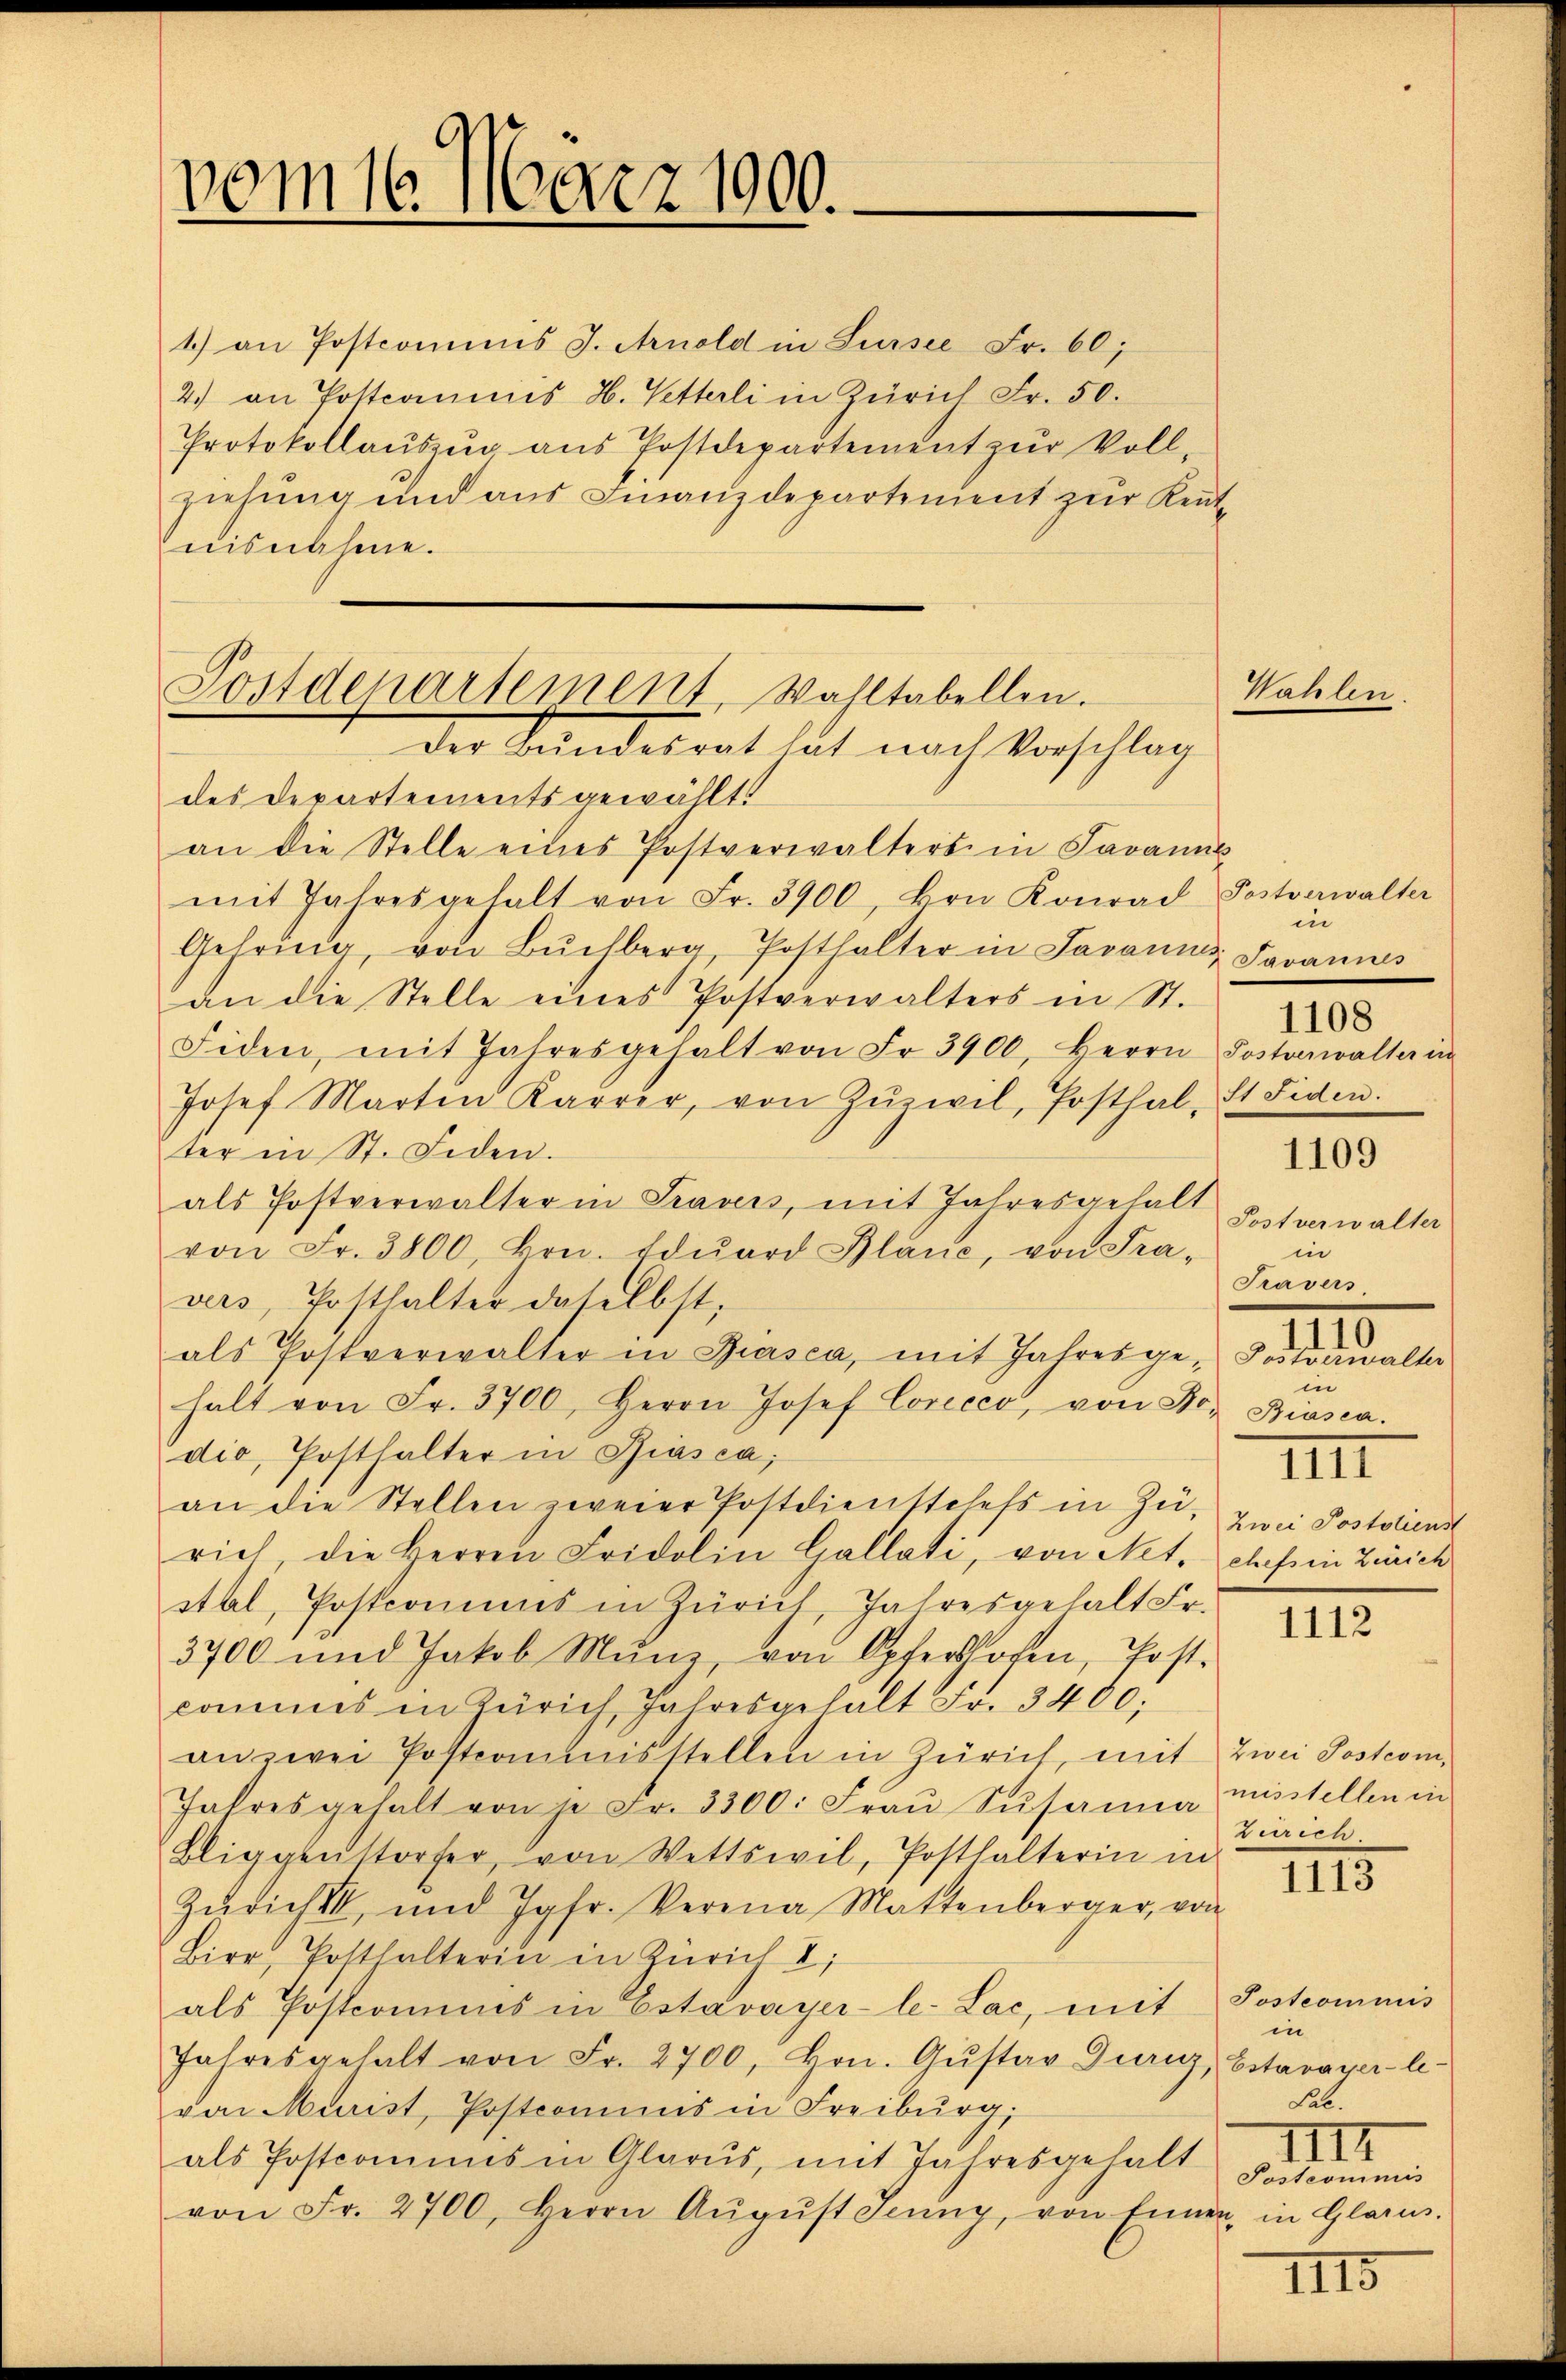
vom 16. März 1900.

1.) an Postcommis J. Arnold in Sursee Fr. 60,
2.) an Postcommis H. Vetterli in Zürich Fr. 50.
Protokollaŭszŭg aŭs Postdepartement zŭr Voll-
ziehung und aus Finanzdepartement zur Kentnisnahme.

Postdepartement, Wahltabellen.
der Landesrat hat nach Vorschlag

des Departements gewählt.
an die Stelle eines Postverwalters in Javanić
mit Jahresgehalt von Fr. 3900, von Konrad
Gehring, von Bŭchberg, Posthalter in Javannes
an die Stelle eines Postverwalters in St.
Eiden, mit Jahresgehalt von Fr. 3900, Herrn Postenwalter in
Josef Marten Karrer, von Zŭzivil, Posthal, St. Fiden.
ter in St. Fiden.
als Postverwalter in Travess, mit Jahresgehalt
von Fr. 3800, Hrn. Edŭard Pläne, von Fra-
vers, Posthalter daselbst,
als Postverwalter in Biasca, mit Jahresge-
halt von Fr. 3700, Herrn Josef Coricco, von Fr. Biasca.
dio, Posthalter in Biasca,
an die Stellen zweier Postdienstehels in Zŭ- zwei Postolienst
rich, die Herren Fridolin Gallati, von Not. chfein Zürich
stal, Postconiums in Zürich, Jahresgehalt Fr.
1112
3700 und Jakob Mŭnz, von Opfershofen, Post.
commes in Zürich, Jahresgehalt Fr. 3400;
an zwei Postcommisstellen in Zürich, mit zwei Sostrom,
Jahres gehalt von je Fr. 3300. Fraŭ Susanna misstellen in
derrich
Bliggenstorfer, von Wettswil, Posthalterin in
1113
Züricht, und Jgfr. Verena Mattenberger, von
Bier, Potthalterin in Zürich I,
als Postcomuns in Estavayer-le-Lac, mit Postcommis
in
Jahresgehalt von Fr. 2700, Hrn. Gŭstav Gurig, Estavayer-le-
Sal.
von Murist, Postcommis in Freiburg,
IIII
als Postcommis in Glarus, mit Jahresgehalt Postcommis
von Fr. 2700, Herrn Aŭgŭst Jenny, von Einen, in Glarus.

Wahlen

Postverwalter
in
Javannes
Postverwalter
in
Travers
e.
in
IIII

1108

1109

III5